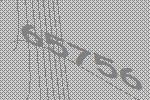
65756